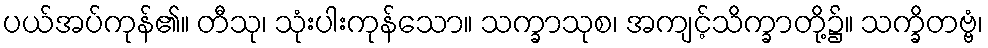
ပယ်အပ်ကုန်၏။ တီသု၊ သုံးပါးကုန်သော။ သက္ခာသုစ၊ အကျင့်သိက္ခာတို့၌။ သက္ခိတဗ္ဗံ၊